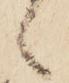
々